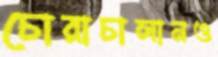
চোরাচালানও